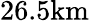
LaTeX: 26.5\mathrm{km}